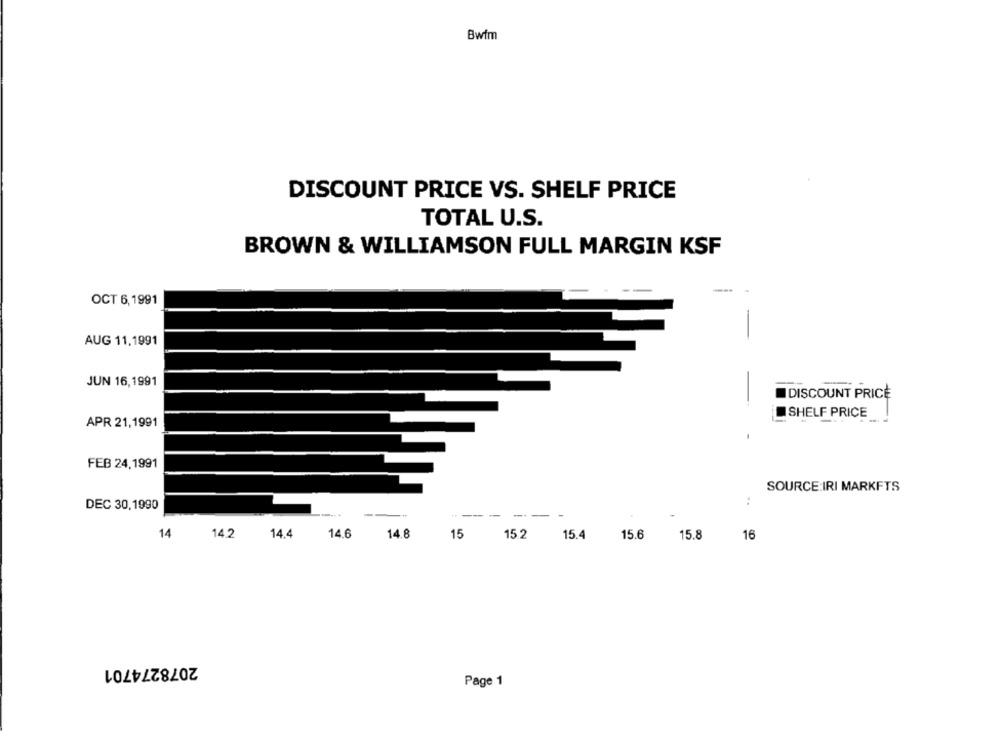
Bwfm
DISCOUNT PRICE VS. SHELF PRICE
TOTAL U.S.
BROWN & WILLIAMSON FULL MARGIN KSF
---
OCT 6,1991
AUG 11,1991
-
JUN 16,1991
DISCOUNT PRICE
SHELF PRICE
APR 21,1991
FEB 24,1991
SOURCE:IRI MARKFTS
:
DEC 30,1990
----
14
14.2
14.4
14.6
14.8
15
15.2
15.4
15.6
15.8
16
2078274701
Page 1